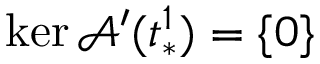
\ker \mathcal { A } ^ { \prime } ( t _ { * } ^ { 1 } ) = \{ 0 \}